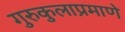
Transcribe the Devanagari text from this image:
गुरुकुलाप्रमाणे